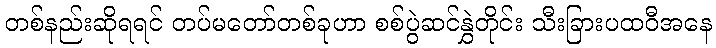
တစ်နည်းဆိုရရင် တပ်မတော်တစ်ခုဟာ စစ်ပွဲဆင်နွှဲတိုင်း သီးခြားပထဝီအနေ